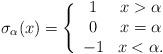
LaTeX: \begin{align*}\sigma_\alpha(x)=\Bigg \{\begin{array}{cc}1 & x>\alpha \\0 & x=\alpha \\-1 & x<\alpha. \end{array}\end{align*}